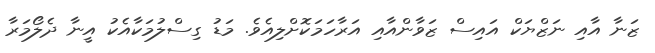
ޒަނާ އާއި ނަޒްޔަކް އައިސް ޒަވާންއާއި އަރާހަމަކޮށްލިއެވެ. މަޑު ގިސްލުމަކާއެކު އީނާ ދެލޯމަރާ